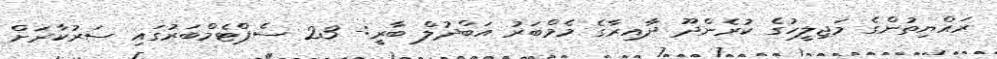
ރައްޔިތުންގެ މަޖިލީހުގެ ކުރެންދޫ ދާއިރާގެ މެމްބަރު އަބްދުލް ބާރީ:- 23 ސެޕްޓެމްބަރުގައި ސަރުކާރަށް